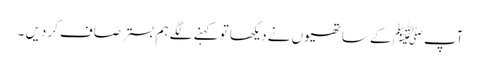
آپﷺ کے ساتھیوں نے دیکھا تو کہنے لگے ہم بسترصاف کردیں ۔